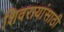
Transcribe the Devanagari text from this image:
शिवरायांसाठी